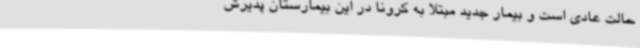
حالت عادی است و بیمار جدید مبتلا به کرونا در این بیمارستان پذیرش